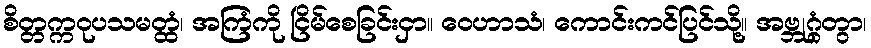
စိတ္တက္ကဝုပသမတ္ထံ၊ အကြံကို ငြိမ်စေခြင်းငှာ။ ဝေဟာသံ၊ ကောင်းကင်ပြင်သို့။ အဗ္ဘုဂ္ဂံတွာ၊